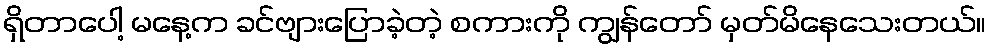
ရှိတာပေါ့ မနေ့က ခင်ဗျားပြောခဲ့တဲ့ စကားကို ကျွန်တော် မှတ်မိနေသေးတယ်။